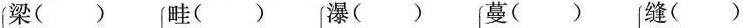
梁（） 畦（） 瀑（） 蔓（） 缝（）